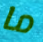
ما